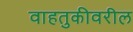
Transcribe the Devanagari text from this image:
वाहतुकीवरील